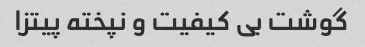
گوشت بی کیفیت و نپخته پیتزا